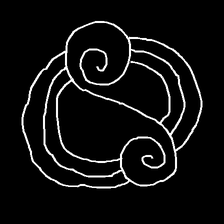
Glyph: wind-underfoot